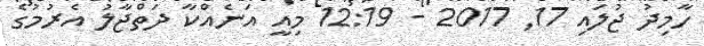
ހާމިދު ޖުލައި 17